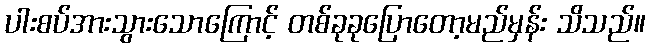
ပါးစပ်အားသွားသောကြောင့် တစ်ခုခုပြောတော့မည်မှန်း သိသည်။